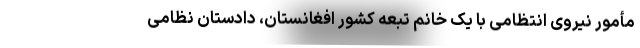
مأمور نیروی انتظامی با یک خانم تبعه کشور افغانستان، دادستان نظامی